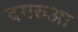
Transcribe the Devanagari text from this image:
दगरुआ